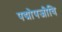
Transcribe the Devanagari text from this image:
पद्मोपजीवि